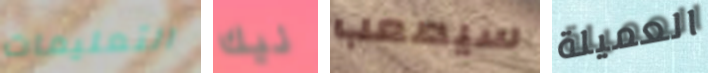
التعليمات نيك سيصعب العميلة